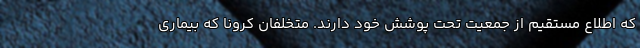
که اطلاع مستقیم از جمعیت تحت پوشش خود دارند. متخلفان کرونا که بیماری